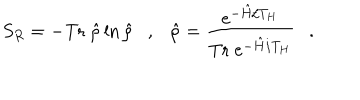
S _ { R } = - \mathrm { T r } ~ \hat { \rho } \ln \hat { \rho } , \hat { \rho } = { \frac { e ^ { - \hat { H } / T _ { H } } } { \mathrm { T r } ~ e ^ { - \hat { H } / T _ { H } } } } .